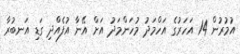
އުމުރުން 14 އަހަރުގެ އަހްމަދު މުހަންމަދު އަށް އޭނާ އުފެއްދި ގަޑި އަނބުރާ